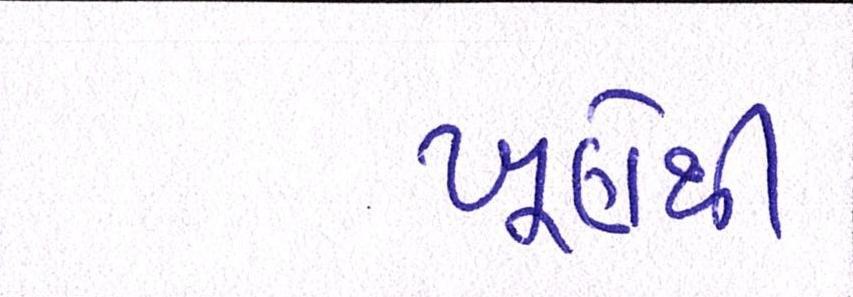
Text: ખૂણેથી